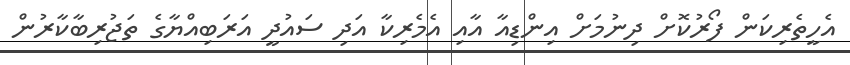
އެހީތެރިކަން ފޯރުކޮށް ދިނުމަށް އިންޑިއާ އާއި އެމެރިކާ އަދި ސައުދީ އަރަބިއްޔާގެ ތަޖުރިބާކާރުން